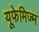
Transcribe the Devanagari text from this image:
यूफेमिज्म